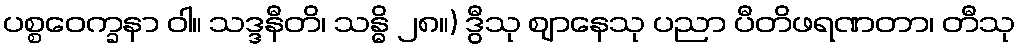
ပစ္စဝေက္ခနာ ဝါ။ သဒ္ဒနီတိ၊ သန္ဓိ ၂၈။) ဒွီသု ဈာနေသု ပညာ ပီတိဖရဏတာ၊ တီသု